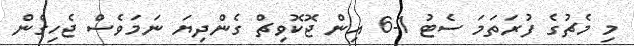
މި މެޗުގެ ފުރަތަމަ ސެޓު 1-6 އިން ޖޮކޮވިޗް ގެންދިޔަ ނަމަވެސް ޖެހިގެން